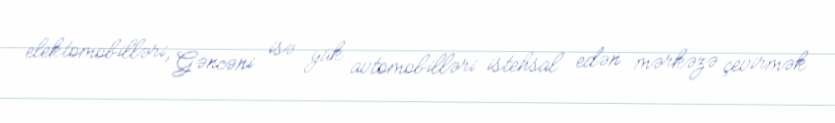
elektomobilləri, Gəncəni isə yük avtomobilləri istehsal edən mərkəzə çevirmək